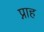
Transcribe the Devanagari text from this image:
प्नाह